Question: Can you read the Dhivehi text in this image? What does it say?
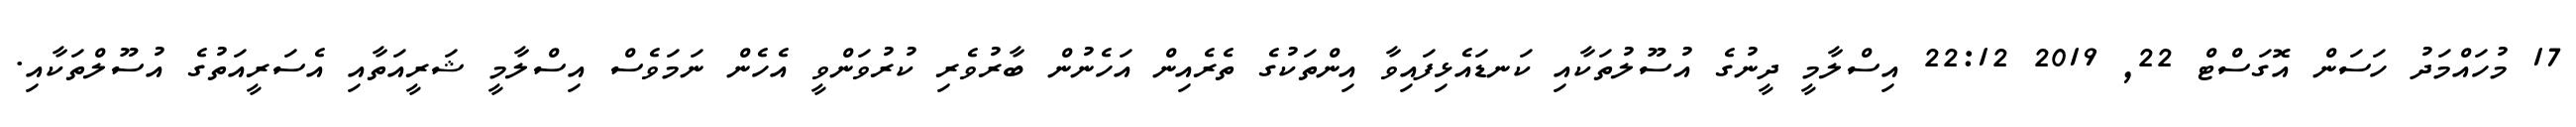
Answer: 17 މުހައްމަދު ހަސަން އޮގަސްޓް 22, 2019 22:12 އިސްލާމީ ދީނުގެ އުސޫލުތަކާއި ކަނޑައެޅިފައިވާ އިންތަކުގެ ތެރެއިން އަހެނުން ބާރުވެރި ކުރުވަންވީ އެހެން ނަމަވެސް އިސްލާމީ ޝަރީއަތާއި އެސަރީއަތުގެ އުސޫލްތަކާއި.